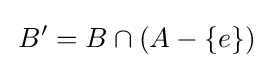
\,B'=B\cap (A-\{e\})